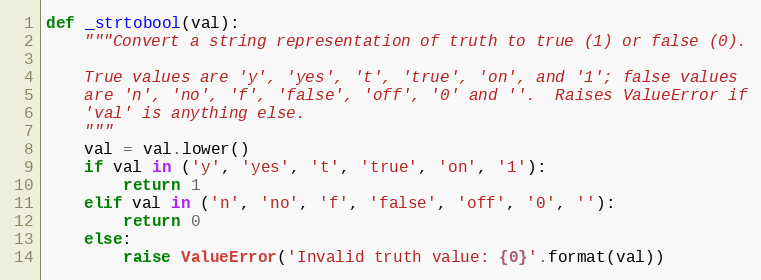
Language: Python
def _strtobool(val):
    """Convert a string representation of truth to true (1) or false (0).

    True values are 'y', 'yes', 't', 'true', 'on', and '1'; false values
    are 'n', 'no', 'f', 'false', 'off', '0' and ''.  Raises ValueError if
    'val' is anything else.
    """
    val = val.lower()
    if val in ('y', 'yes', 't', 'true', 'on', '1'):
        return 1
    elif val in ('n', 'no', 'f', 'false', 'off', '0', ''):
        return 0
    else:
        raise ValueError('Invalid truth value: {0}'.format(val))